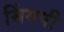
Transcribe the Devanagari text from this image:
सिंगपी